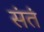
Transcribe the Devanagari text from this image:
संतं